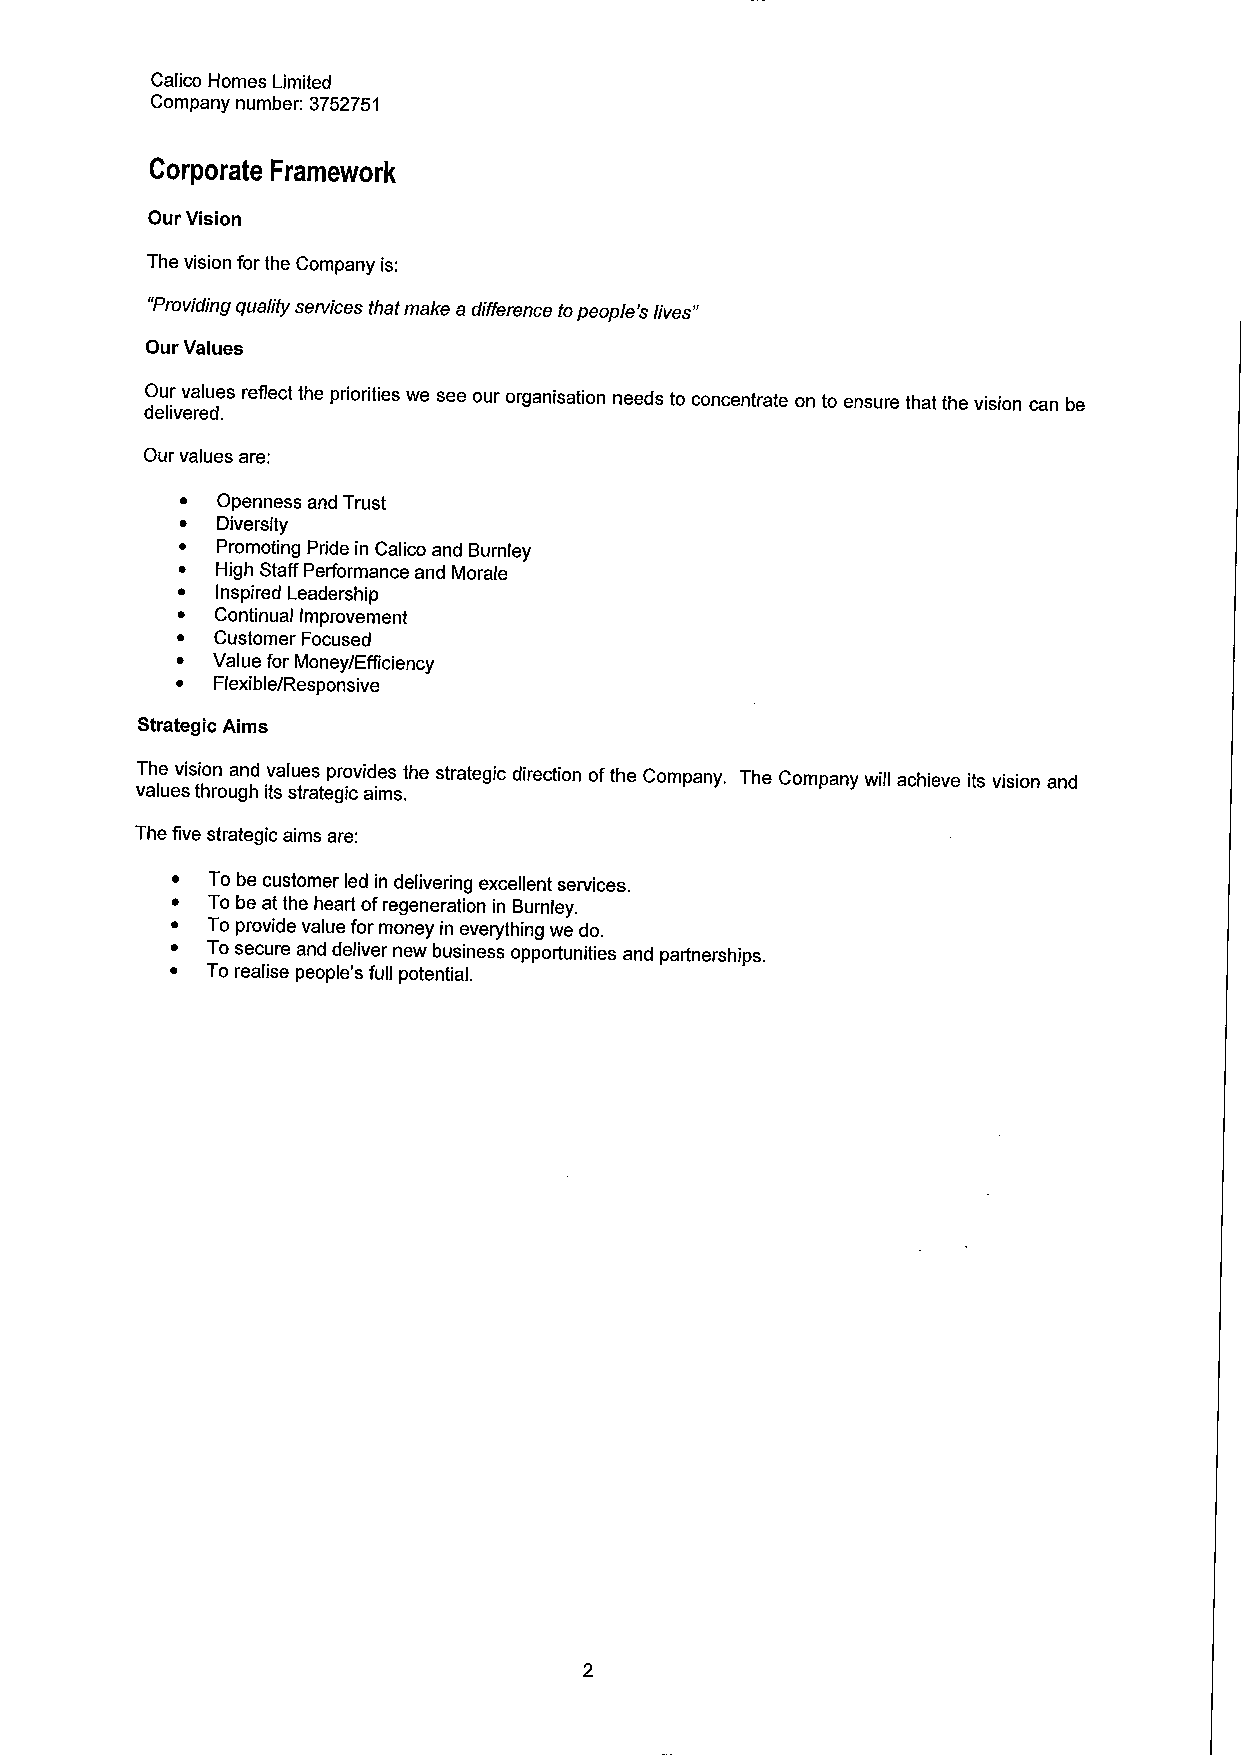
Calico Homes Limited
 Company number: 3752751
 Corporate Framework
 Our Vision
 The vision for the Company is:
 "Providing quality services that make a difference topeople's lives"
 Our Values
 Our values reflect the priorities we see our organisation needs to concentrate on to ensure that the vision can be
 delivered.
 Our values are:
 ~ Openness and Trust
 ~ Diversity
 ~ Promoting Pride in Calico and Burnley
 ~ High Staff Performance and Morale
 ~ Inspired Leadership
 ~ Continual Improvement
 ~ Customer Focused
 ~ Value for Money/Efficiency
 ~ Flexible/Responsive
 Strategic Aims
 The vision and values provides the strategic direction ofthe Company. The Company will achieve its vision and
 values through its strategic aims.
 The five strategic aims are:
 ~  To be customer led in delivering excellent services.
 ~  To be at the heart ofregeneration in Burnley.
 ~  To provide value for money in everything we do.
 ~  To secure and deliver new business opportunities and partnerships.
 ~  To realise people's full potential.